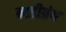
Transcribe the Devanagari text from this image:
नाडीग्रंथ